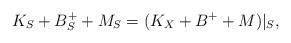
LaTeX: \begin{align*}K_S+B^{+}_S+M_S=(K_X+B^{+}+M)|_S,\end{align*}